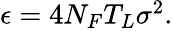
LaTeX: \begin{array}{r}{\epsilon=4N_{F}T_{L}\sigma^{2}.}\end{array}